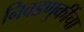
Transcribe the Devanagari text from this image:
निवडणुकींचा